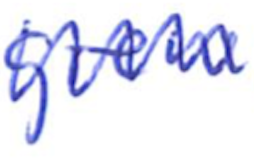
Text: grew
Cross-out: zig-zag
Writing tool: ballpoint